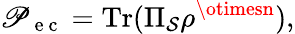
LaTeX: \mathscr{P}_{\mathrm{{~e~c~}}}=\mathrm{{Tr}}(\Pi_{\mathcal{{S}}}\rho^{\otimesn}),